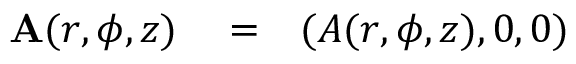
\begin{array} { r l r } { { \bf A } ( r , \phi , z ) } & { { } = } & { ( A ( r , \phi , z ) , 0 , 0 ) } \end{array}